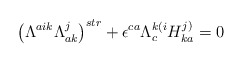
\begin{align*}\left ( \Lambda^{aik}\Lambda_{ak}^{j}\right )^{str} + \epsilon^{ca}\Lambda_{c}^{k(i}H^{j)}_{ka} = 0\end{align*}